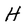
Character: H